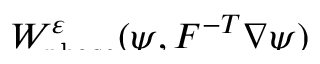
\smash { W _ { \mathrm { p h a s e } } ^ { \varepsilon } ( \psi , \boldsymbol { F } ^ { - T } \nabla \psi ) }